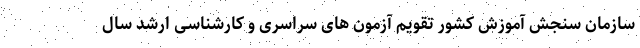
سازمان سنجش آموزش کشور تقویم آزمون های سراسری و کارشناسی ارشد سال